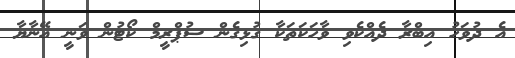
އެ ދުވަހު އިބްރާ ދެއްކެވި ވާހަކަތަކާ ގުޅިގެން ސުޕްރީމް ކޯޓުން ވަނީ އޭނާޔާ